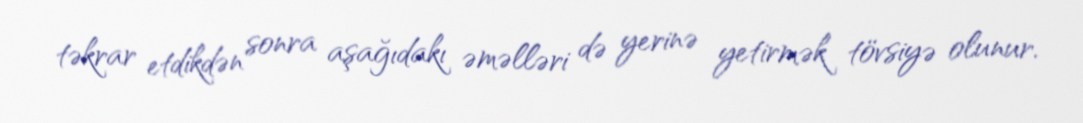
təkrar etdikdən sonra aşağıdakı əməlləri də yerinə yetirmək tövsiyə olunur.